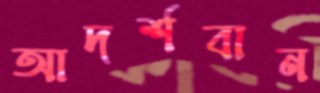
আদর্শবান